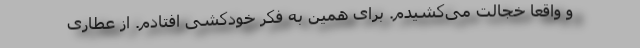
و واقعاً خجالت می‌کشیدم. برای همین به فکر خودکشی افتادم. از عطاری